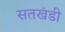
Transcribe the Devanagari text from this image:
सतखंडी